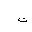
Letter: _ta